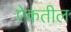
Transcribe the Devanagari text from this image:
ऐकतील